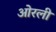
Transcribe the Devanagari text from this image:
ओरली